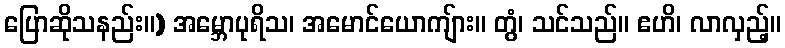
ပြောဆိုသနည်း။) အမ္ဘောပုရိသ၊ အမောင်ယောကျ်ား။ တွံ၊ သင်သည်။ ဧဟိ၊ လာလှည့်။